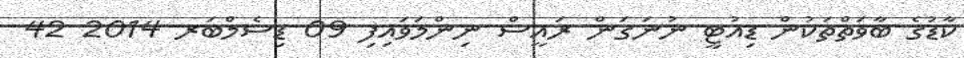
ކާޑުގެ ބާވަތްތަކުން ޑިއުޓީ ނުނަގަން ރައީސް ނިންމަވައިފި 09 ޑިސެމްބަރ 2014 42